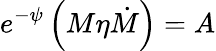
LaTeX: e^{-\psi}\left(M\eta\dot{M}\right)=A